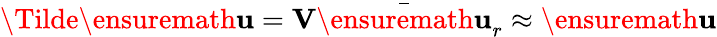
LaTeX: \Tilde{\ensuremath{\mathbf{u}}}=\mathbf{V}\bar{\ensuremath{\mathbf{u}}}_{r}\approx\ensuremath{\mathbf{u}}